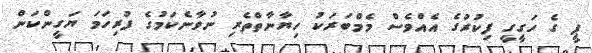
ޕީ ގެ ހަގީގީ ފިކުރުގެ އެއްވެސް މެމްބަރަކު ހިޔާނާތްތެރި ނުވާނެކަމުގެ ފުރިހަމަ ޔަގީންކަން